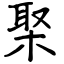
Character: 棸